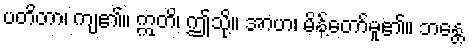
ပတိတာ၊ ကျ၏။ ဣတိ၊ ဤသို့။ အာဟ၊ မိန့်တော်မူ၏။ ဘန္တေ